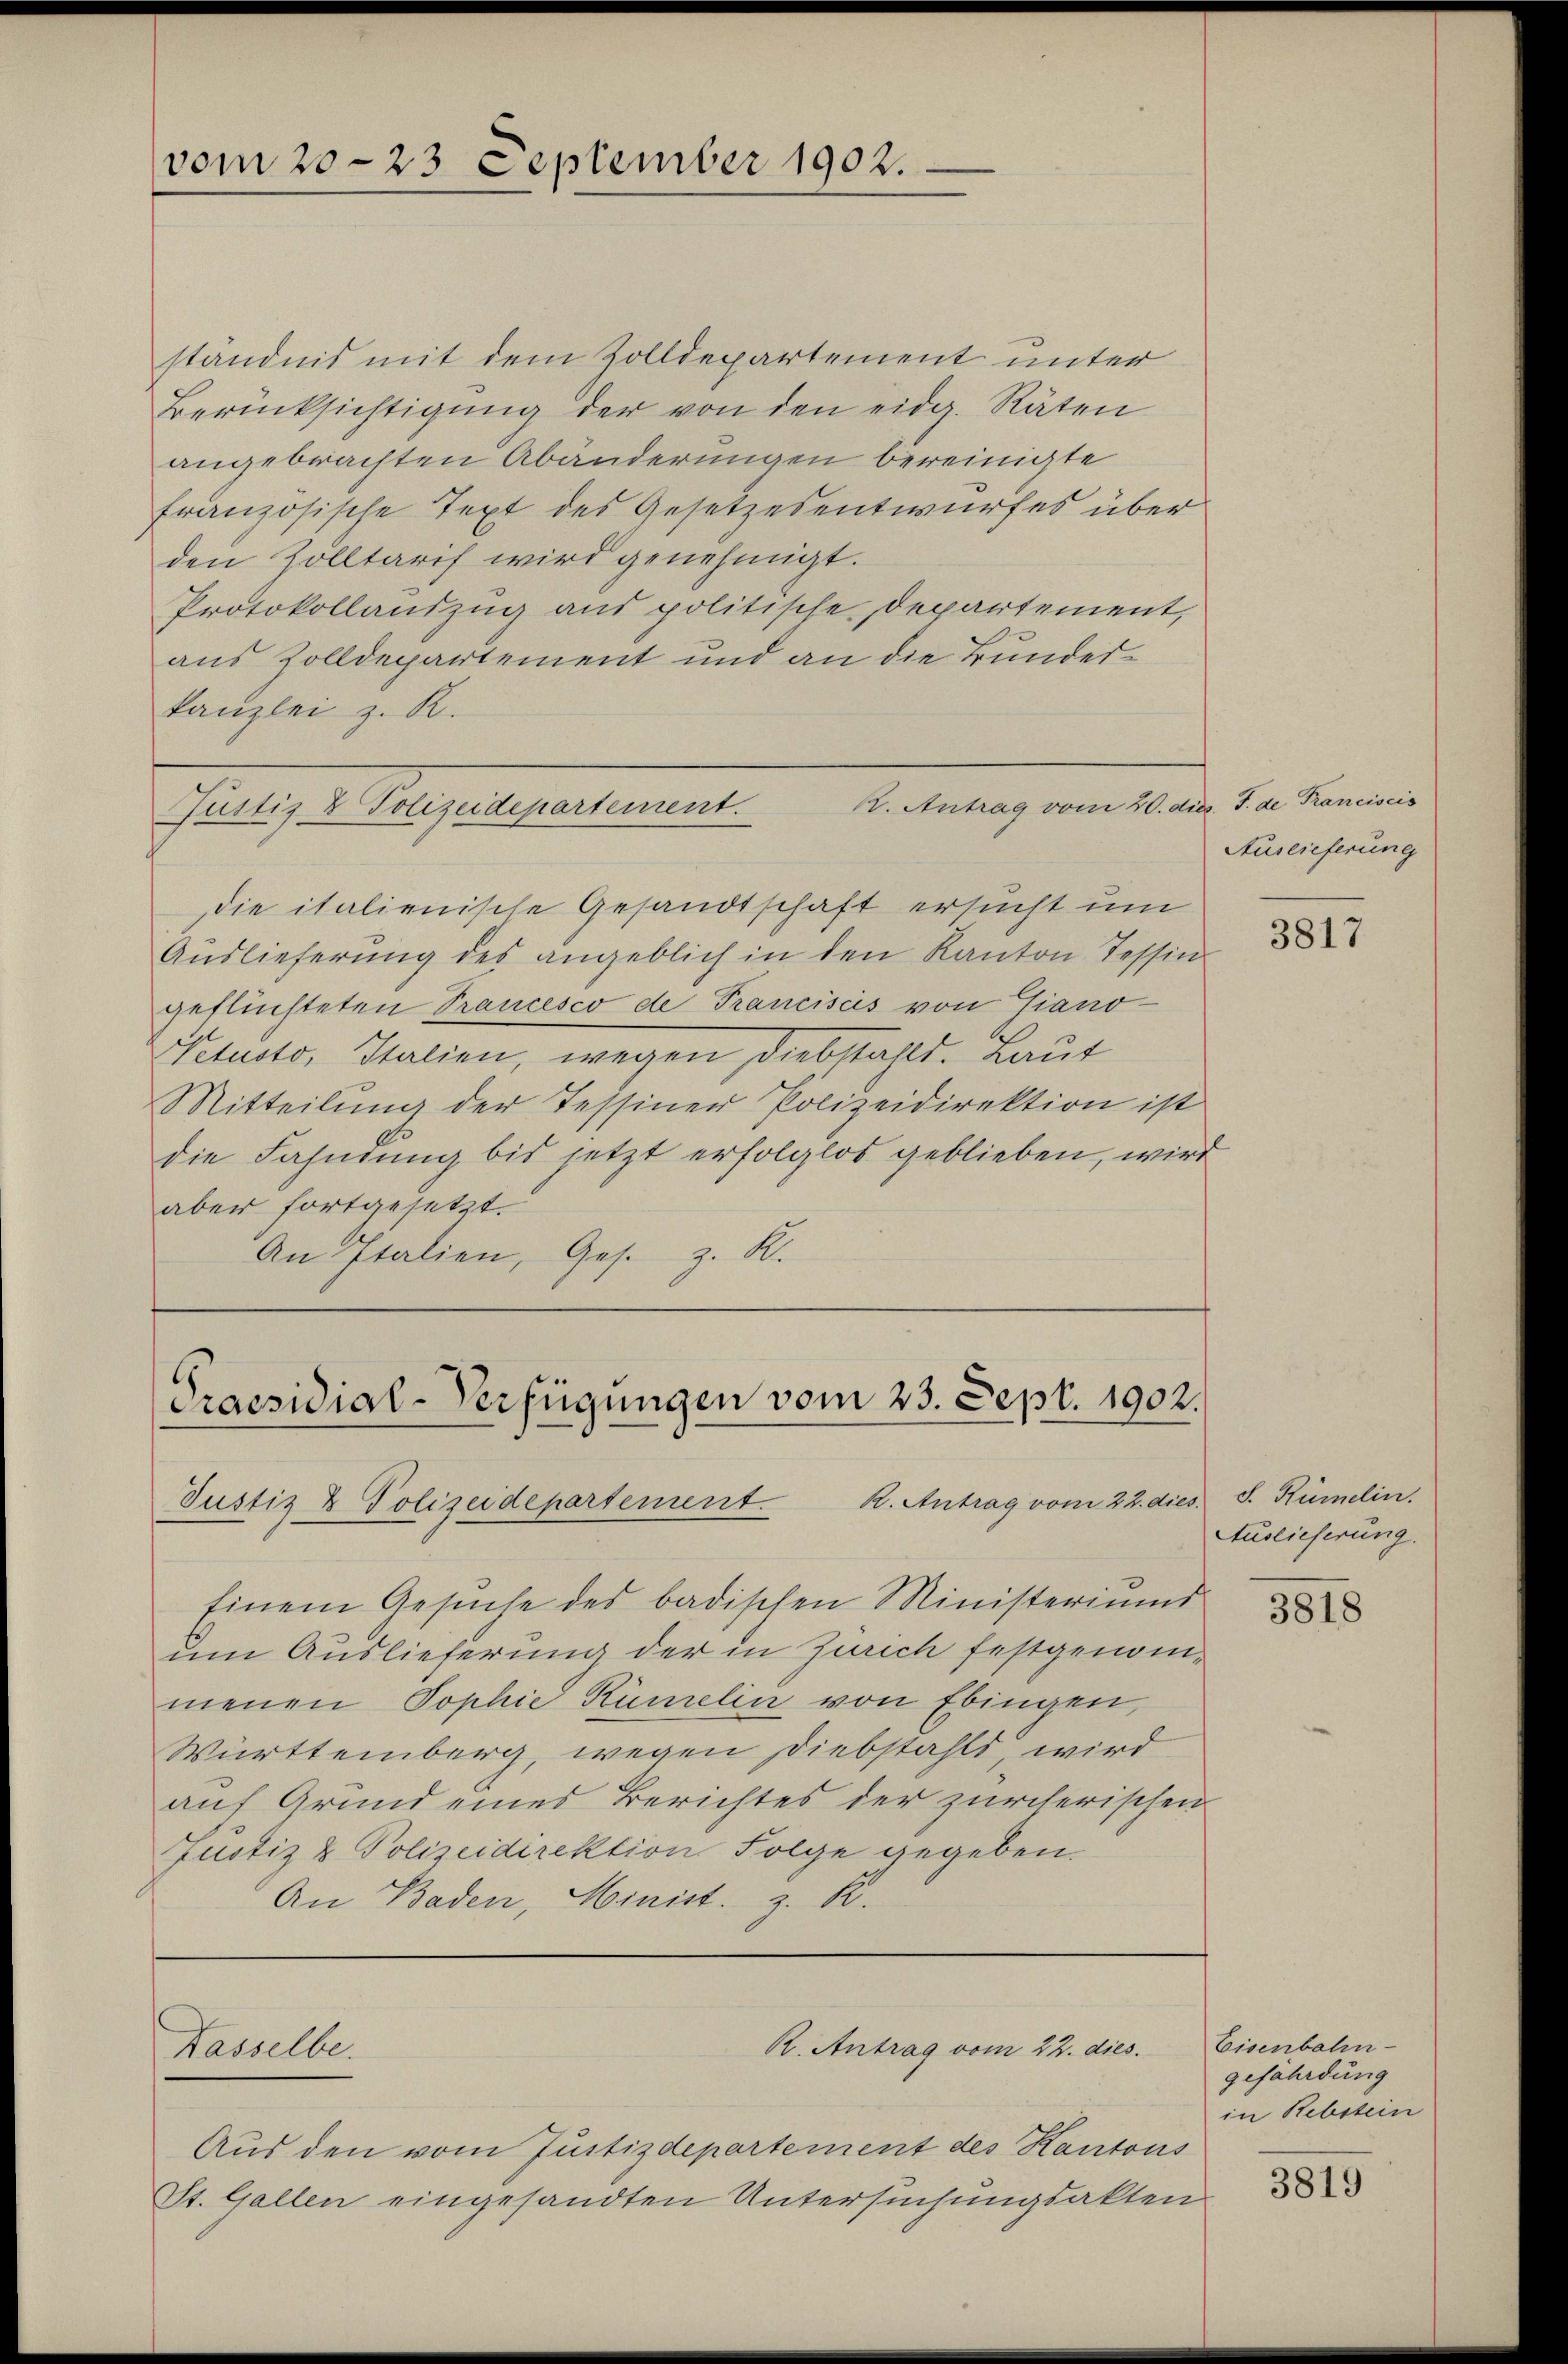
vom 20. 23 September 1902.

ständnis mit dem Zolldepartement unter
Berücksichtigung der von den eidg. Räten
angebrachten Abänderungen bereinigte
französische Text des Gesetzesentwurfes über
den Zolltarif wird genehmigt.
Protokollauszug aus politische Departement,
aus Zolldepartement und an die Bundeskanzlei z. B.
K. Antrag vom 20. dies. S. de Franciscis
Justiz & Polizeidepartement.
die italienische Gesandtschaft ersucht um
Auslieferŭng des angeblich in den Kanton Tessin
geflüchteten Prancesco de Franciscis von Giano¬
Pelius, Statten, wegen diebstahlt. Amt
Mitteilŭng der Tessiner Polizeidirektion ist
die Fahndung bis jetzt erfolglos geblieben, wird
aber fortgesetzt.
An Italien, Ges. z. R.

Praesidial-Verfügungen vom 23. Sept. 1902.
Justiz & Polizeidepartement. R. Antrag vom 22. dies

Kasselbe.

R. Antrag vom 22. dies

Auslieferung

Aus den vom Justizdepartement des Kantons
St. Gallen eingesandten Untersuchungsakten

Einem Gesŭche des badischen Ministeriums
um Auslieferung der in Zürich festgenommenen Sophie Rümelin von Ebingen,
Württemberg, wegen Diebstahls, wird
auf Grund eines Berichtes der zürcherischen
Justiz & Polizeidirektion Folge gegeben.
An Baden, Minist. z. R.

3817

S. Rümelin.
Auslieferung.
3818

Eisenbahn-
gefährdung
in Rebstein

3819